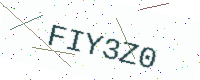
Text: FIY3Z0